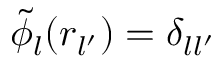
\tilde { \phi } _ { l } ( r _ { l ^ { \prime } } ) = \delta _ { l l ^ { \prime } }